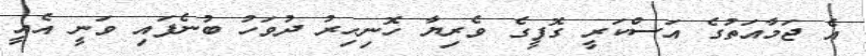
އެ ޖަމާއަތުގެ އަސްކަރީ ގޮފީގެ ވެރިޔާ ހޮނިހިރު ދުވަހު ބުނެފައި ވަނީ އެއީ